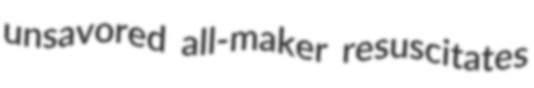
unsavored all-maker resuscitates